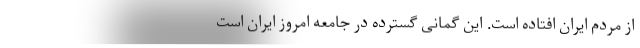
از مردم ایران افتاده است. این گمانی گسترده در جامعه امروز ایران است